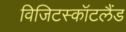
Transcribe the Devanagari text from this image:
विजिटस्कॉटलैंड